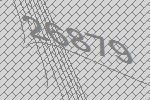
26879